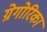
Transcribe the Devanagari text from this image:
ग्रेगोरिका